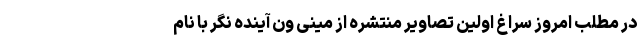
در مطلب امروز سراغ اولین تصاویر منتشره از مینی ون آینده نگر با نام